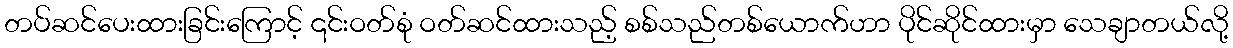
တပ်ဆင်ပေးထားခြင်းကြောင့် ၎င်းဝတ်စုံ ဝတ်ဆင်ထားသည့် စစ်သည်တစ်ယောက်ဟာ ပိုင်ဆိုင်ထားမှာ သေချာတယ်လို့